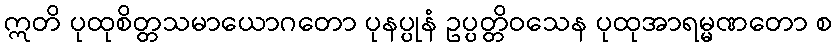
ဣတိ ပုထုစိတ္တသမာယောဂတော ပုနပ္ပုနံ ဥပ္ပတ္တိဝသေန ပုထုအာရမ္မဏတော စ